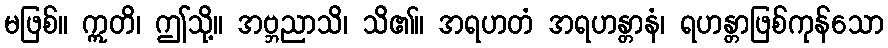
မဖြစ်။ ဣတိ၊ ဤသို့။ အဗ္ဘညာသိ၊ သိ၏။ အရဟတံ အရဟန္တာနံ၊ ရဟန္တာဖြစ်ကုန်သော